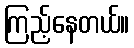
ကြည့်နေတယ်။